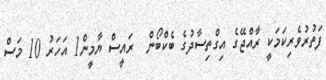
ފަތުރުވެރިކަމަކީ ރާއްޖޭގެ އިގްތިސާދުގެ ބެކްބޯން  ރައީސް ޔާމީން1 އަހަރު 10 މަސް